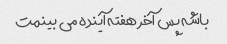
باشه پس آخر هفته آینده می بینمت